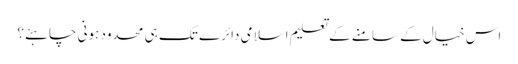
اس خیال کے سامنے کے تعلیم اسلامی دائرے تک ہی محدود ہونی چاہئے؟